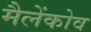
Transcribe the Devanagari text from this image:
मैलेंकोव